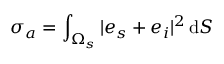
\sigma _ { a } = \int _ { \Omega _ { s } } | e _ { s } + e _ { i } | ^ { 2 } \, \mathrm { d } S